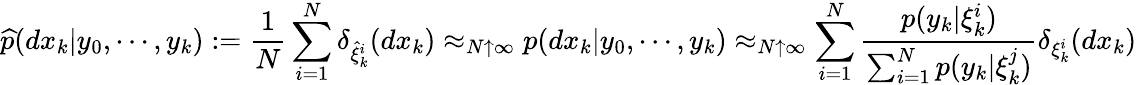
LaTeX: {\widehat{p}}(dx_{k}|y_{0},\cdots,y_{k}):={\frac{1}{N}}\sum_{i=1}^{N}\delta_{{\widehat{\xi}}_{k}^{i}}(dx_{k})\approx_{N\uparrow\infty}p(dx_{k}|y_{0},\cdots,y_{k})\approx_{N\uparrow\infty}\sum_{i=1}^{N}{\frac{p(y_{k}|\xi_{k}^{i})}{\sum_{i=1}^{N}p(y_{k}|\xi_{k}^{j})}}\delta_{\xi_{k}^{i}}(dx_{k})